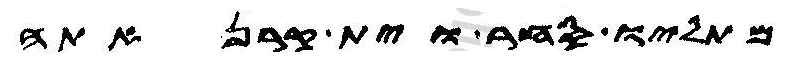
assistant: מכתליו סחר וית קרנאתה